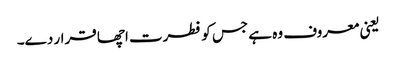
یعنی معروف وہ ہے جس کو فطرت اچھا قرار دے۔